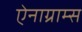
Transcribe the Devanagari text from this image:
ऐनाग्राम्स